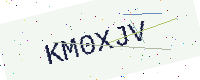
Text: KM0XJV